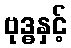
ဗုဒ္ဓနှင့်